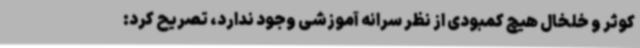
کوثر و خلخال هیچ کمبودی از نظر سرانه آموزشی وجود ندارد، تصریح کرد: